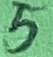
Text: 5